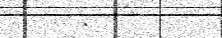
.